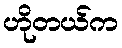
ဟိုတယ်က